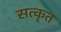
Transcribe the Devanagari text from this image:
सत्कृत